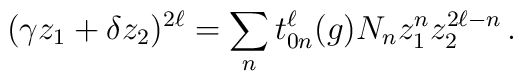
(\gamma z_1 + \delta z_2)^{2\ell} = \sum_n t^\ell_{0n}(g)N_n z^n_1  z_2^{2\ell-n}\,.